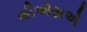
સીએસએ